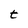
Character: t